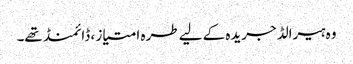
وہ ہیرالڈ جریدہ کے لیے طرہ امتیاز ، ڈائمنڈ تھے۔